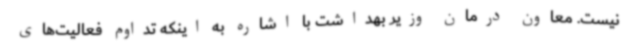
نیست. معاون درمان وزیر بهداشت با اشاره به اینکه تداوم فعالیت‌های